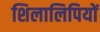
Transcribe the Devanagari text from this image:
शिलालिपियों